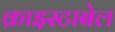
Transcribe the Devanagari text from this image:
क्राइस्टाबेल